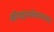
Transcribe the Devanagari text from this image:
श्रीमद्दासबोधतत्त्वस्तवः